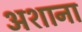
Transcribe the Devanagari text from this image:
अशाना